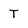
Character: T